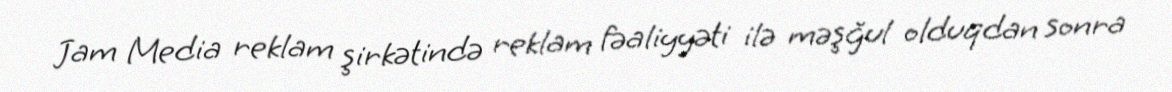
Jam Media reklam şirkətində reklam fəaliyyəti ilə məşğul olduqdan sonra